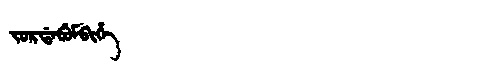
Manchu: ᠵᠣᡵᡩᠠᠪᡠᠮᠪᡳᡥᡝ
Romanization: JORDABUMBIHE